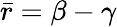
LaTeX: \bar{r}=\beta-\gamma